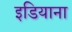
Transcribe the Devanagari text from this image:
इडियाना